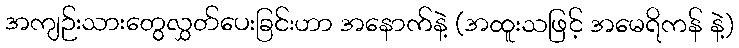
အကျဉ်းသားတွေလွှတ်ပေးခြင်းဟာ အနောက်နဲ့ (အထူးသဖြင့် အမေရိကန် နဲ့)